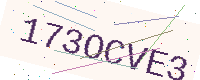
Text: 173OCVE3